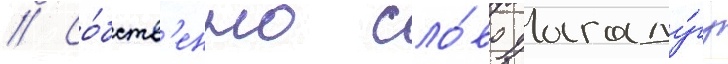
// Со́бств'енно сло́во уагаду́гу